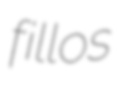
fillos